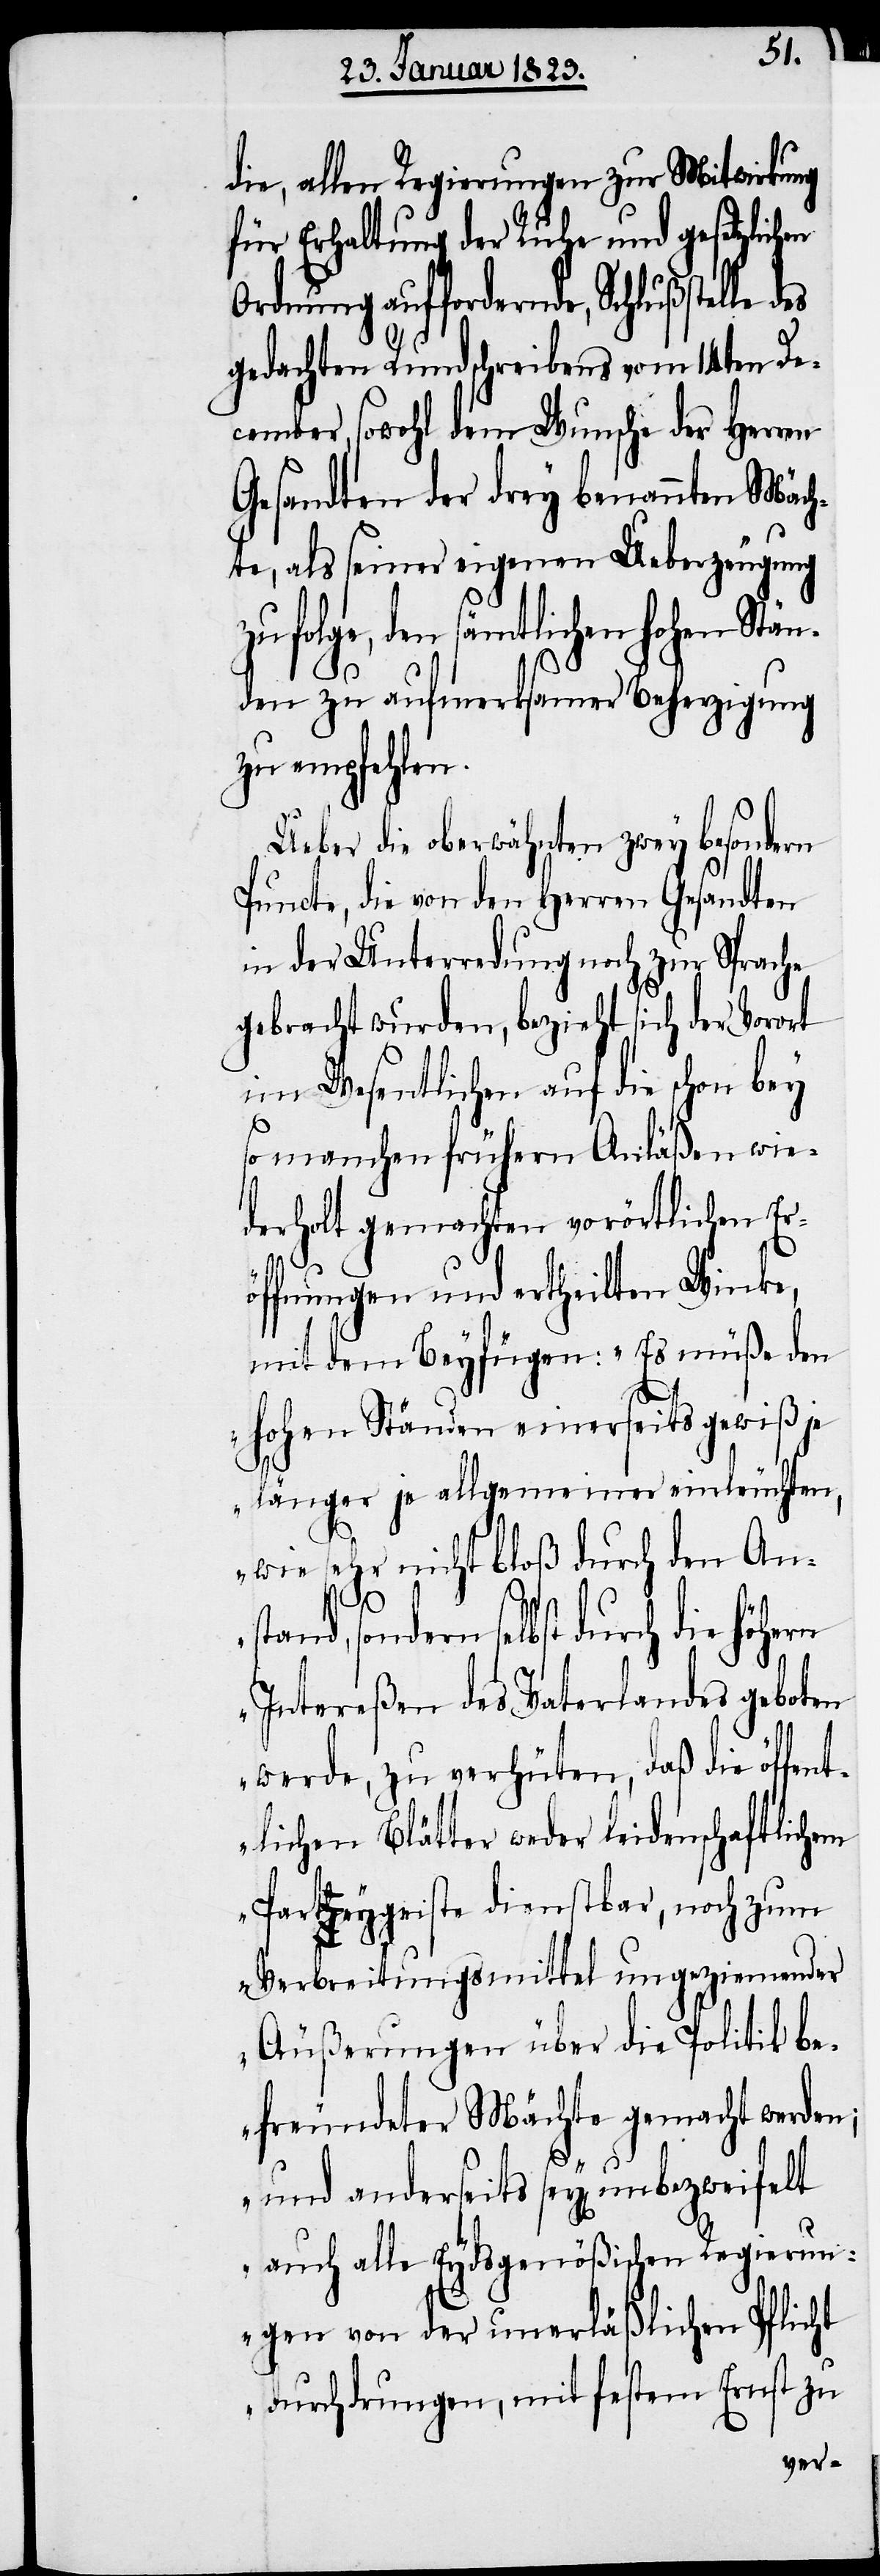
die, allen Regierungen zur Mitwirkung
für Erhaltung der Ruhe und gesetzlichen
Ordnung auffordernde, Schlußstelle des
gedachten Rundschreibens vom 14ten De¬
cember, sowohl dem Wunsche der Herren
Gesandten der drey benannten Mäch¬
te, als seiner eigenen Ueberzeugung
den sämtlichen hohen Stän¬
den zu aufmerksamer Beherzigung
zu empfehlen.
Ueber die oberwähnten zwey besondern
Puncte, die von den Herren Gesandten
in der Unterredung noch zur Sprache
gebracht wurden, bezieht sich der Vorort
im Wesentlichen auf die schon bey
so manchen frühern Anläßen wie¬
derholt gemachten vorörtlichen Er¬
öffnungen und ertheilten Winke,
mit dem Beyfügen: „Es müße den
hohen Ständen einerseits gewiß je
länger je allgemeiner einleuchten,
wie sehr nicht bloß durch den Anst¬
and, sondern selbst durch die
Intereßen des Vaterlandes geboten
werde, zu verhüten, daß die öffent¬
lichen Blätter weder leidenschaftlichem
Parteygeiste dienstbar, noch zum
Verbreitungsmittel ungeziemender
Äußerungen über die Politik be¬
freundeter Mächte gemacht werden;
und anderseits sey[en]
auch alle Eydsgenößischen Regierun¬
gen von der unerläßlichen Pflicht
durchdrungen, mit festem Ernst zu